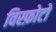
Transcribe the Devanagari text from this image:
विस्फ़ोटो